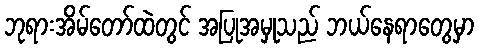
ဘုရားအိမ်တော်ထဲတွင် အပြုအမှုသည် ဘယ်နေရာတွေမှာ